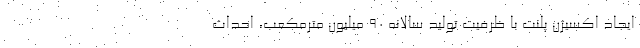
ايجاد اكسيژن پلنت با ظرفيت توليد سالانه 90 ميليون مترمكعب، احداث